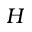
H